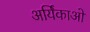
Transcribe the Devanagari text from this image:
अर्यिकाओं